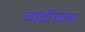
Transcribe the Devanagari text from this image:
चांदीचाच